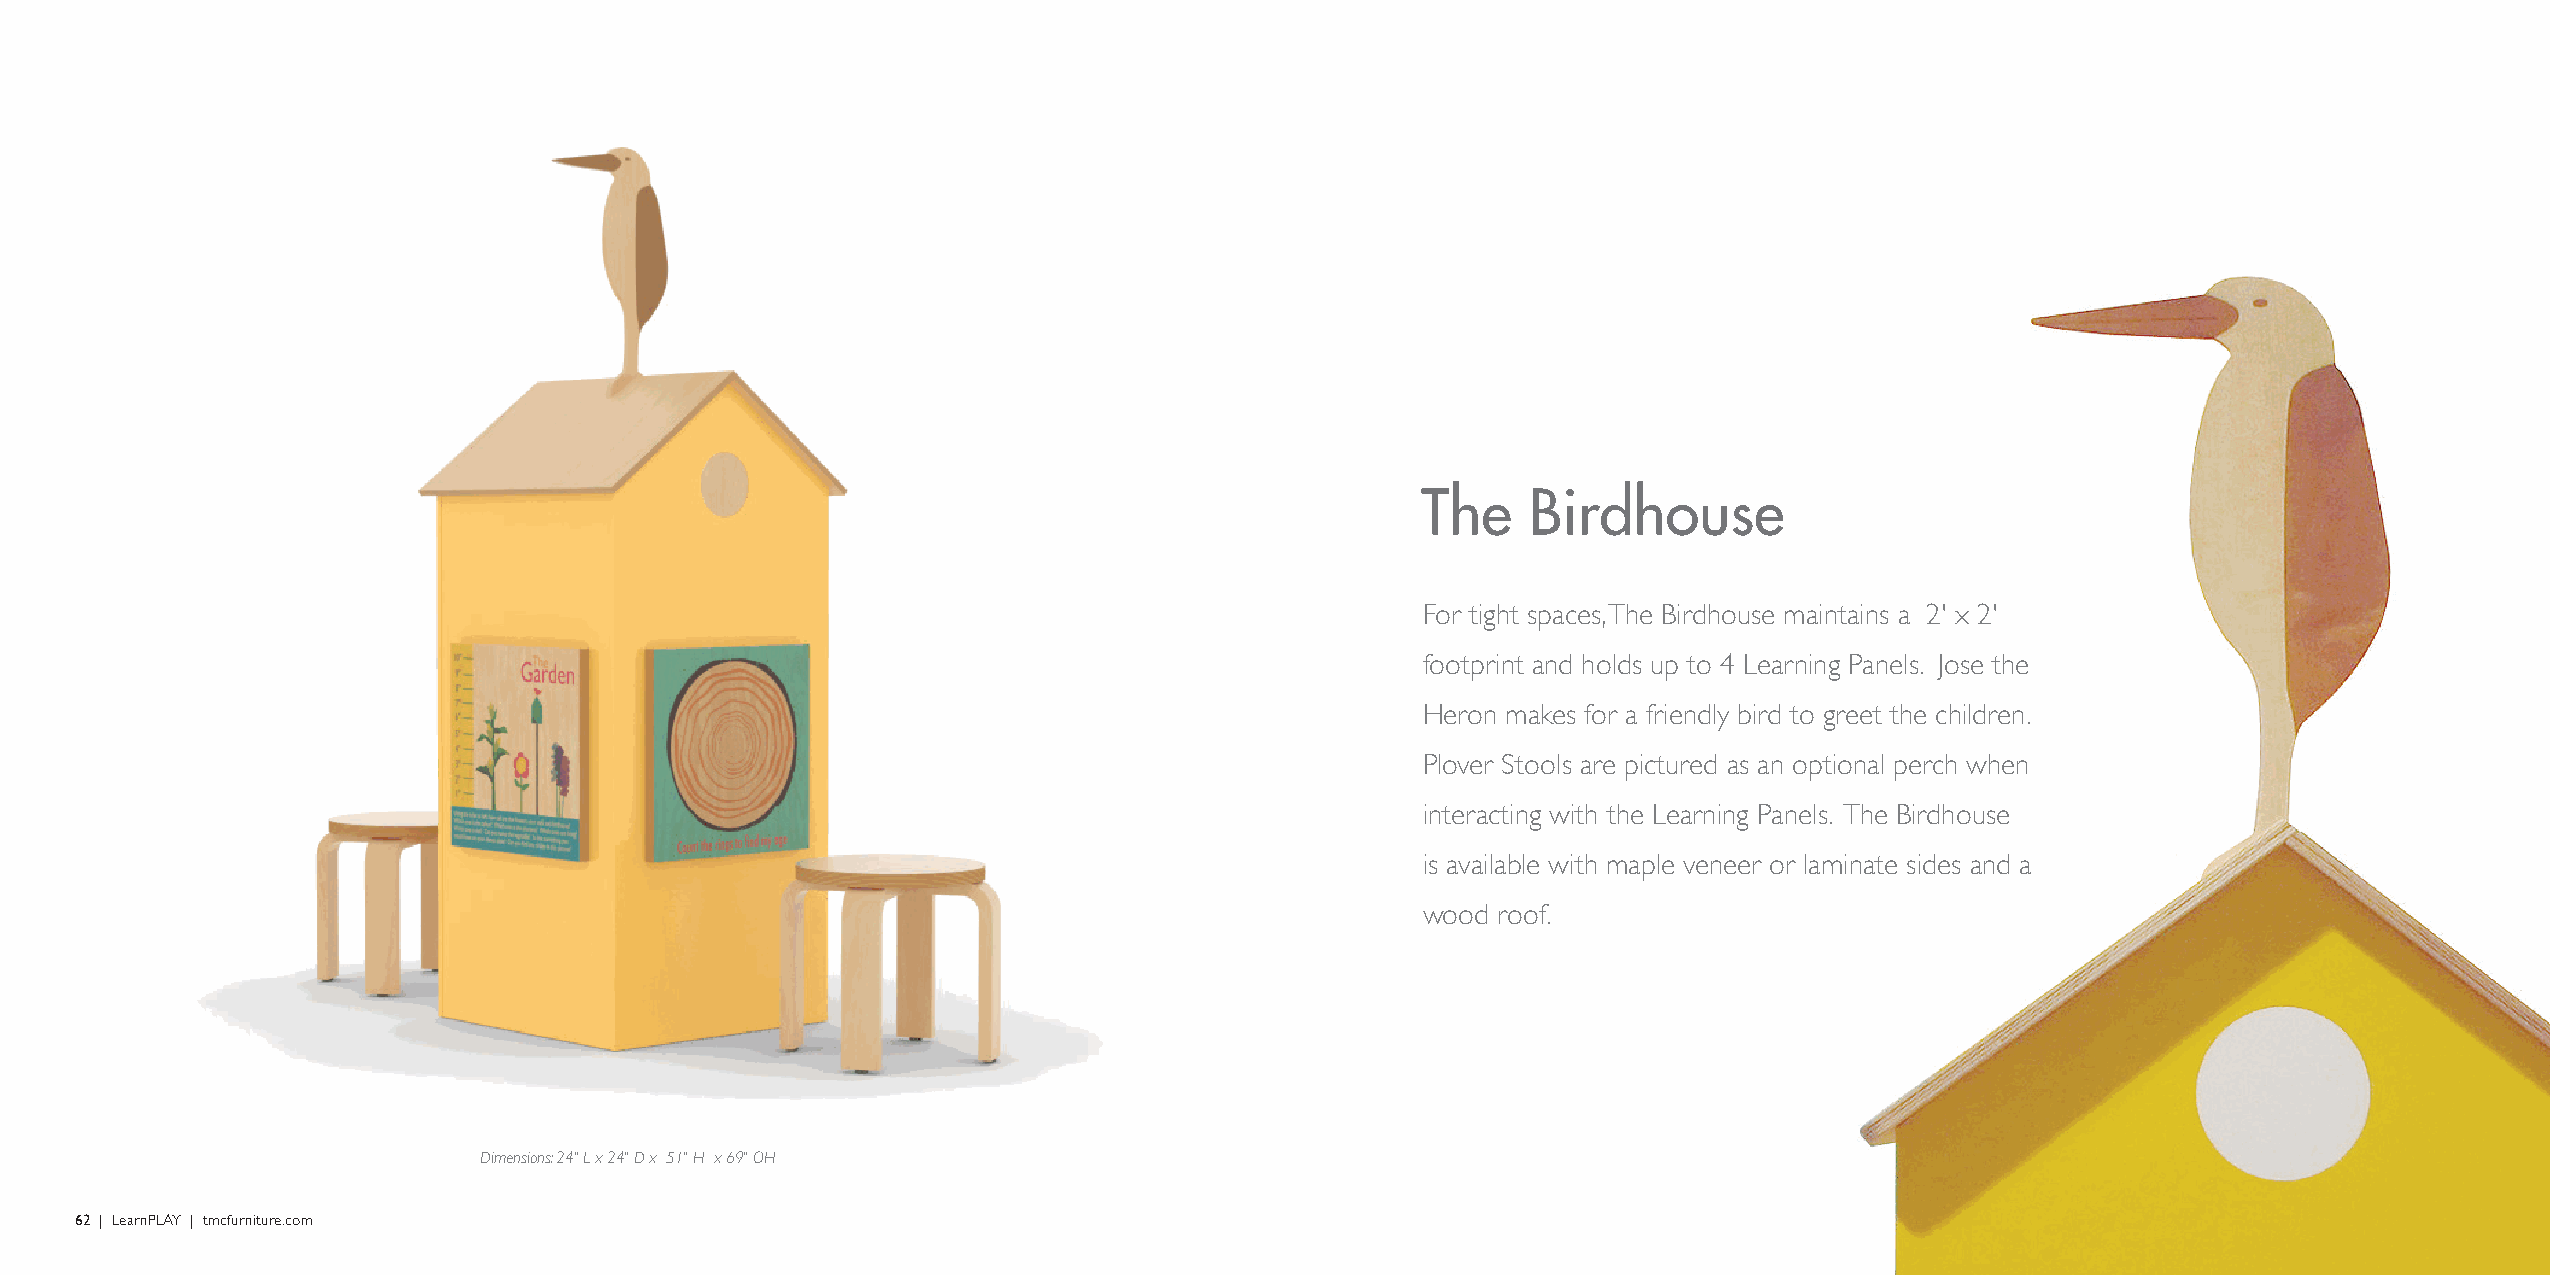
The    Birdhouse
 For tight spaces, The Birdhouse maintains a 2' x 2'
 footprint and holds up to 4 Learning Panels. Jose the
 Heron makes for a friendly bird to greet the children.
 Plover Stools are pictured as an optional perch when
 interacting with the Learning Panels. The Birdhouse
 is available with maple veneer or laminate sides and a
 wood roof.
 Dimensions: 24" L x 24" D x 51" H x 69" OH
 62 | LearnPLAY | tmcfurniture.com                                                                                                              LearnPLAY | tmcfurniture.com | 63